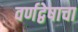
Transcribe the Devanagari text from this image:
वर्णद्वेषाचा